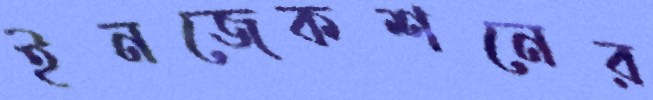
ইনজেকশনের